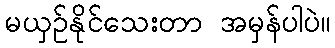
မယှဉ်နိုင်သေးတာ အမှန်ပါပဲ။